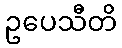
ဥပေသီတိ